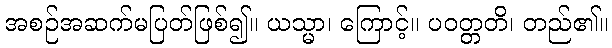
အစဉ်အဆက်မပြတ်ဖြစ်၍။ ယသ္မာ၊ ကြောင့်။ ပဝတ္တတိ၊ တည်၏။